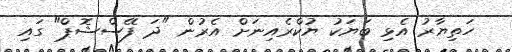
ހަތިޔާރު އެޅި ބަޔަކު ޔުކްރެއިނަށް އެރުން "ދަ ފޭސްޝޮޕް" ގައި